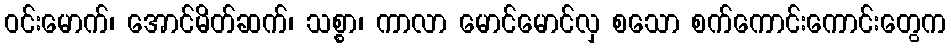
ဝင်းမောက်၊ အောင်မိတ်ဆက်၊ သစ္စာ၊ ကာလာ မောင်မောင်လှ စသော စက်ကောင်းကောင်းတွေက